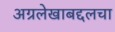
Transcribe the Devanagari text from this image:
अग्रलेखाबद्दलचा